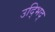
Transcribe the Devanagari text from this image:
उद्भिद्